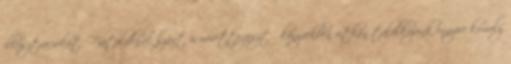
illusztrációkat. Fiataloknak szánt ismeretterjesztő könyvekben ritkán találkozunk ennyire komoly